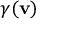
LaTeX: \gamma ( \mathbf { v } )